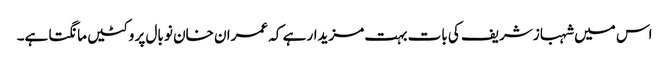
اس میں شہباز شریف کی بات بہت مزیدار ہے کہ عمران خان نو بال پر وکٹیں مانگتا ہے۔